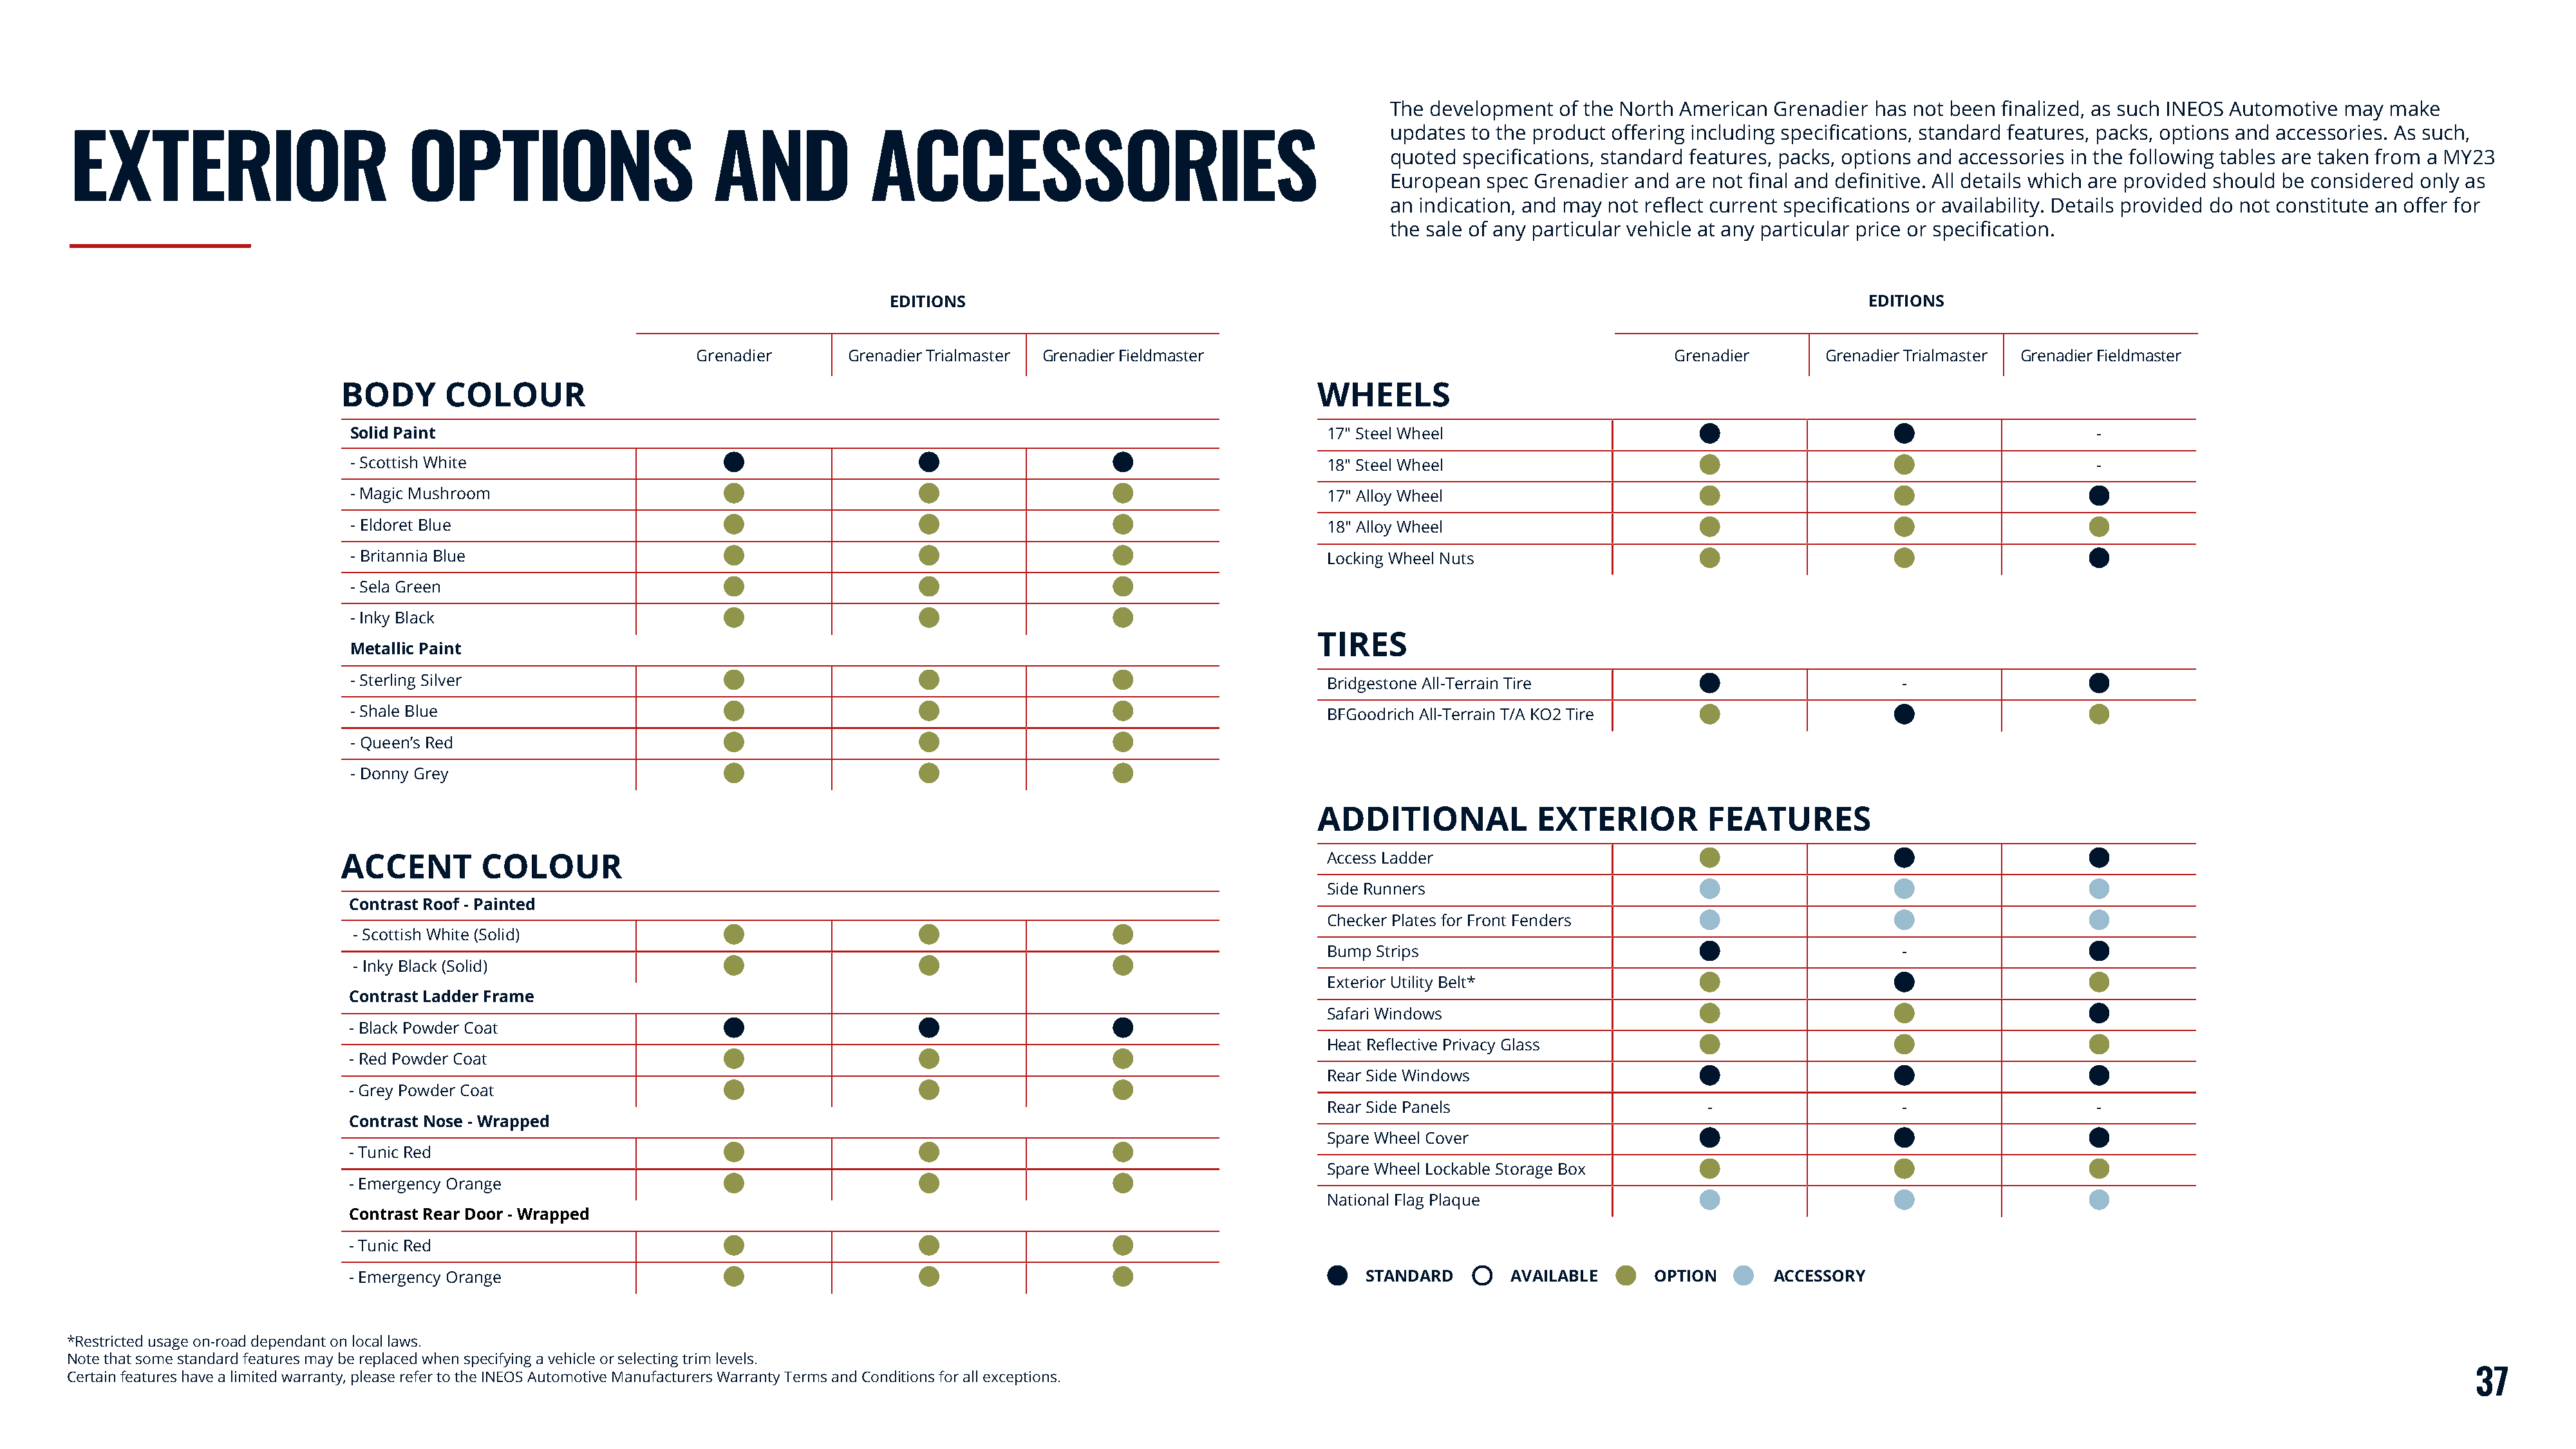
The development  of the North American Grenadier  has not been finalized, as such INEOS Automotive may make
 updates to the product offering including specifications, standard features, packs, options and accessories. As such,
 EXTERIOR                           OPTIONS                        AND             ACCESSORIES
 quoted specifications, standard features, packs, options and accessories in the following tables are taken from a MY23
 European  spec Grenadier and are not final and definitive. All details which are provided should be considered only as
 an indication, and may not reflect current specifications or availability. Details provided do not constitute an offer for
 the sale of any particular vehicle at any particular price or specification.
 EDITIONS                                                                                            EDITIONS
 Grenadier      Grenadier Trialmaster Grenadier Fieldmaster                                          Grenadier       Grenadier Trialmaster Grenadier Fieldmaster
 BODY       COLOUR                                                                                   WHEELS
 Solid Paint                                                                                         17" Steel Wheel                                                                 -
 - Scottish White                                                                                    18" Steel Wheel                                                                 -
 - Magic Mushroom                                                                                    17" Alloy Wheel
 - Eldoret Blue                                                                                      18" Alloy Wheel
 - Britannia Blue                                                                                    Locking Wheel Nuts
 - Sela Green
 - Inky Black
 TIRES
 Metallic Paint
 - Sterling Silver                                                                                   Bridgestone All-Terrain Tire                                -
 - Shale Blue                                                                                        BFGoodrich All-Terrain T/A KO2 Tire
 - Queen’s Red
 - Donny Grey
 ADDITIONAL             EXTERIOR         FEATURES
 ACCENT        COLOUR                                                                                 Access Ladder
 Side Runners
 Contrast Roof - Painted
 Checker Plates for Front Fenders
 - Scottish White (Solid)
 Bump Strips                                                 -
 - Inky Black (Solid)
 Exterior Utility Belt*
 Contrast Ladder Frame
 Safari Windows
 - Black Powder Coat
 Heat Reflective Privacy Glass
 - Red Powder Coat
 Rear Side Windows
 - Grey Powder Coat
 Rear Side Panels                        -                   -                   -
 Contrast Nose - Wrapped
 Spare Wheel Cover
 - Tunic Red
 Spare Wheel Lockable Storage Box
 - Emergency Orange
 National Flag Plaque
 Contrast Rear Door - Wrapped
 - Tunic Red
 - Emergency Orange                                                                                      STANDARD       AVAILABLE      OPTION      ACCESSORY
 *Restricted usage on-road dependant on local laws.
 Note that some standard features may be replaced when specifying a vehicle or selecting trim levels.
 Certain features have a limited warranty, please refer to the INEOS Automotive Manufacturers Warranty Terms and Conditions for all exceptions.                                                                                                         37